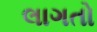
લાગતો